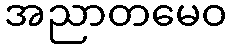
အညာတမေဝ